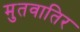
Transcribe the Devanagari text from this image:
मुतवातिर